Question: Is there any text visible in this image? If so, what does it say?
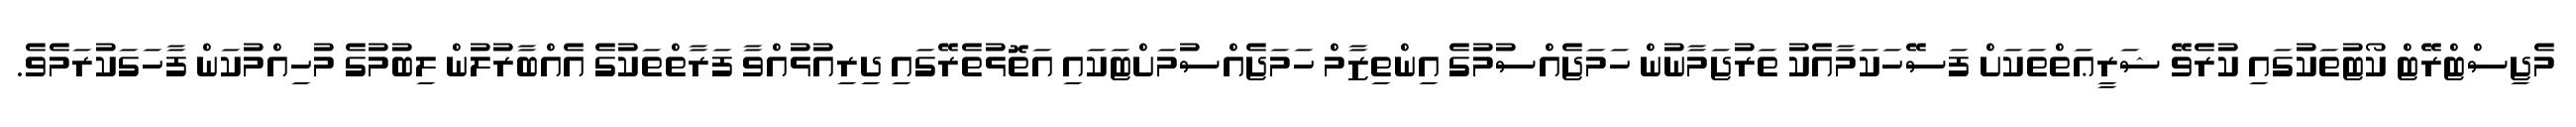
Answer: މެޖިސްޓްރޭޓް ކޯޓުތަކުގައި ކުރެވޭ ޝަރީޢަތްތަކަށް ފަސޭހަކަމާއެކު ތަރުޖަމާނުން ހަމަޖެއްސުމުގެ އިންތިޒާމް ހަމަޖެއްސުމަށްޓަކައި އަތޮޅުތެރޭގައި ދިރިއުޅުއްވާ ފަރާތްތަކުގެ އެއްބާރުލުން ލިބުމުގެ މުހިއްމުކަން ފާހަގަކުރަމެވެ.